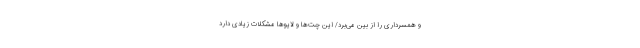
و همسرداری را از بین می‌برد/ این چت‌ها و لایوها مشکلات زیادی دارد